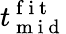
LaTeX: t_{\mathrm{~m~i~d~}}^{\mathrm{~f~i~t~}}